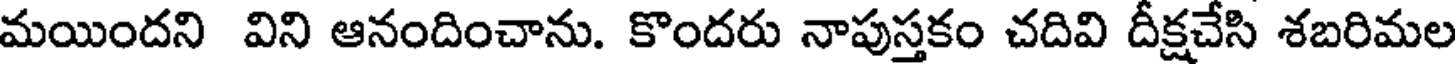
మయిందని విని ఆనందించాను. కొందరు నాపుస్తకం చదివి దీక్షచేసి శబరిమల